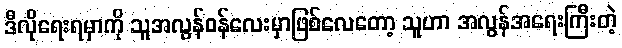
ဒီလိုရေးရမှာကို သူအလွန်ဝန်လေးမှာဖြစ်လေတော့ သူဟာ အလွန်အရေးကြီးတဲ့